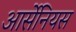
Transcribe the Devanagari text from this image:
आर्सेनियस